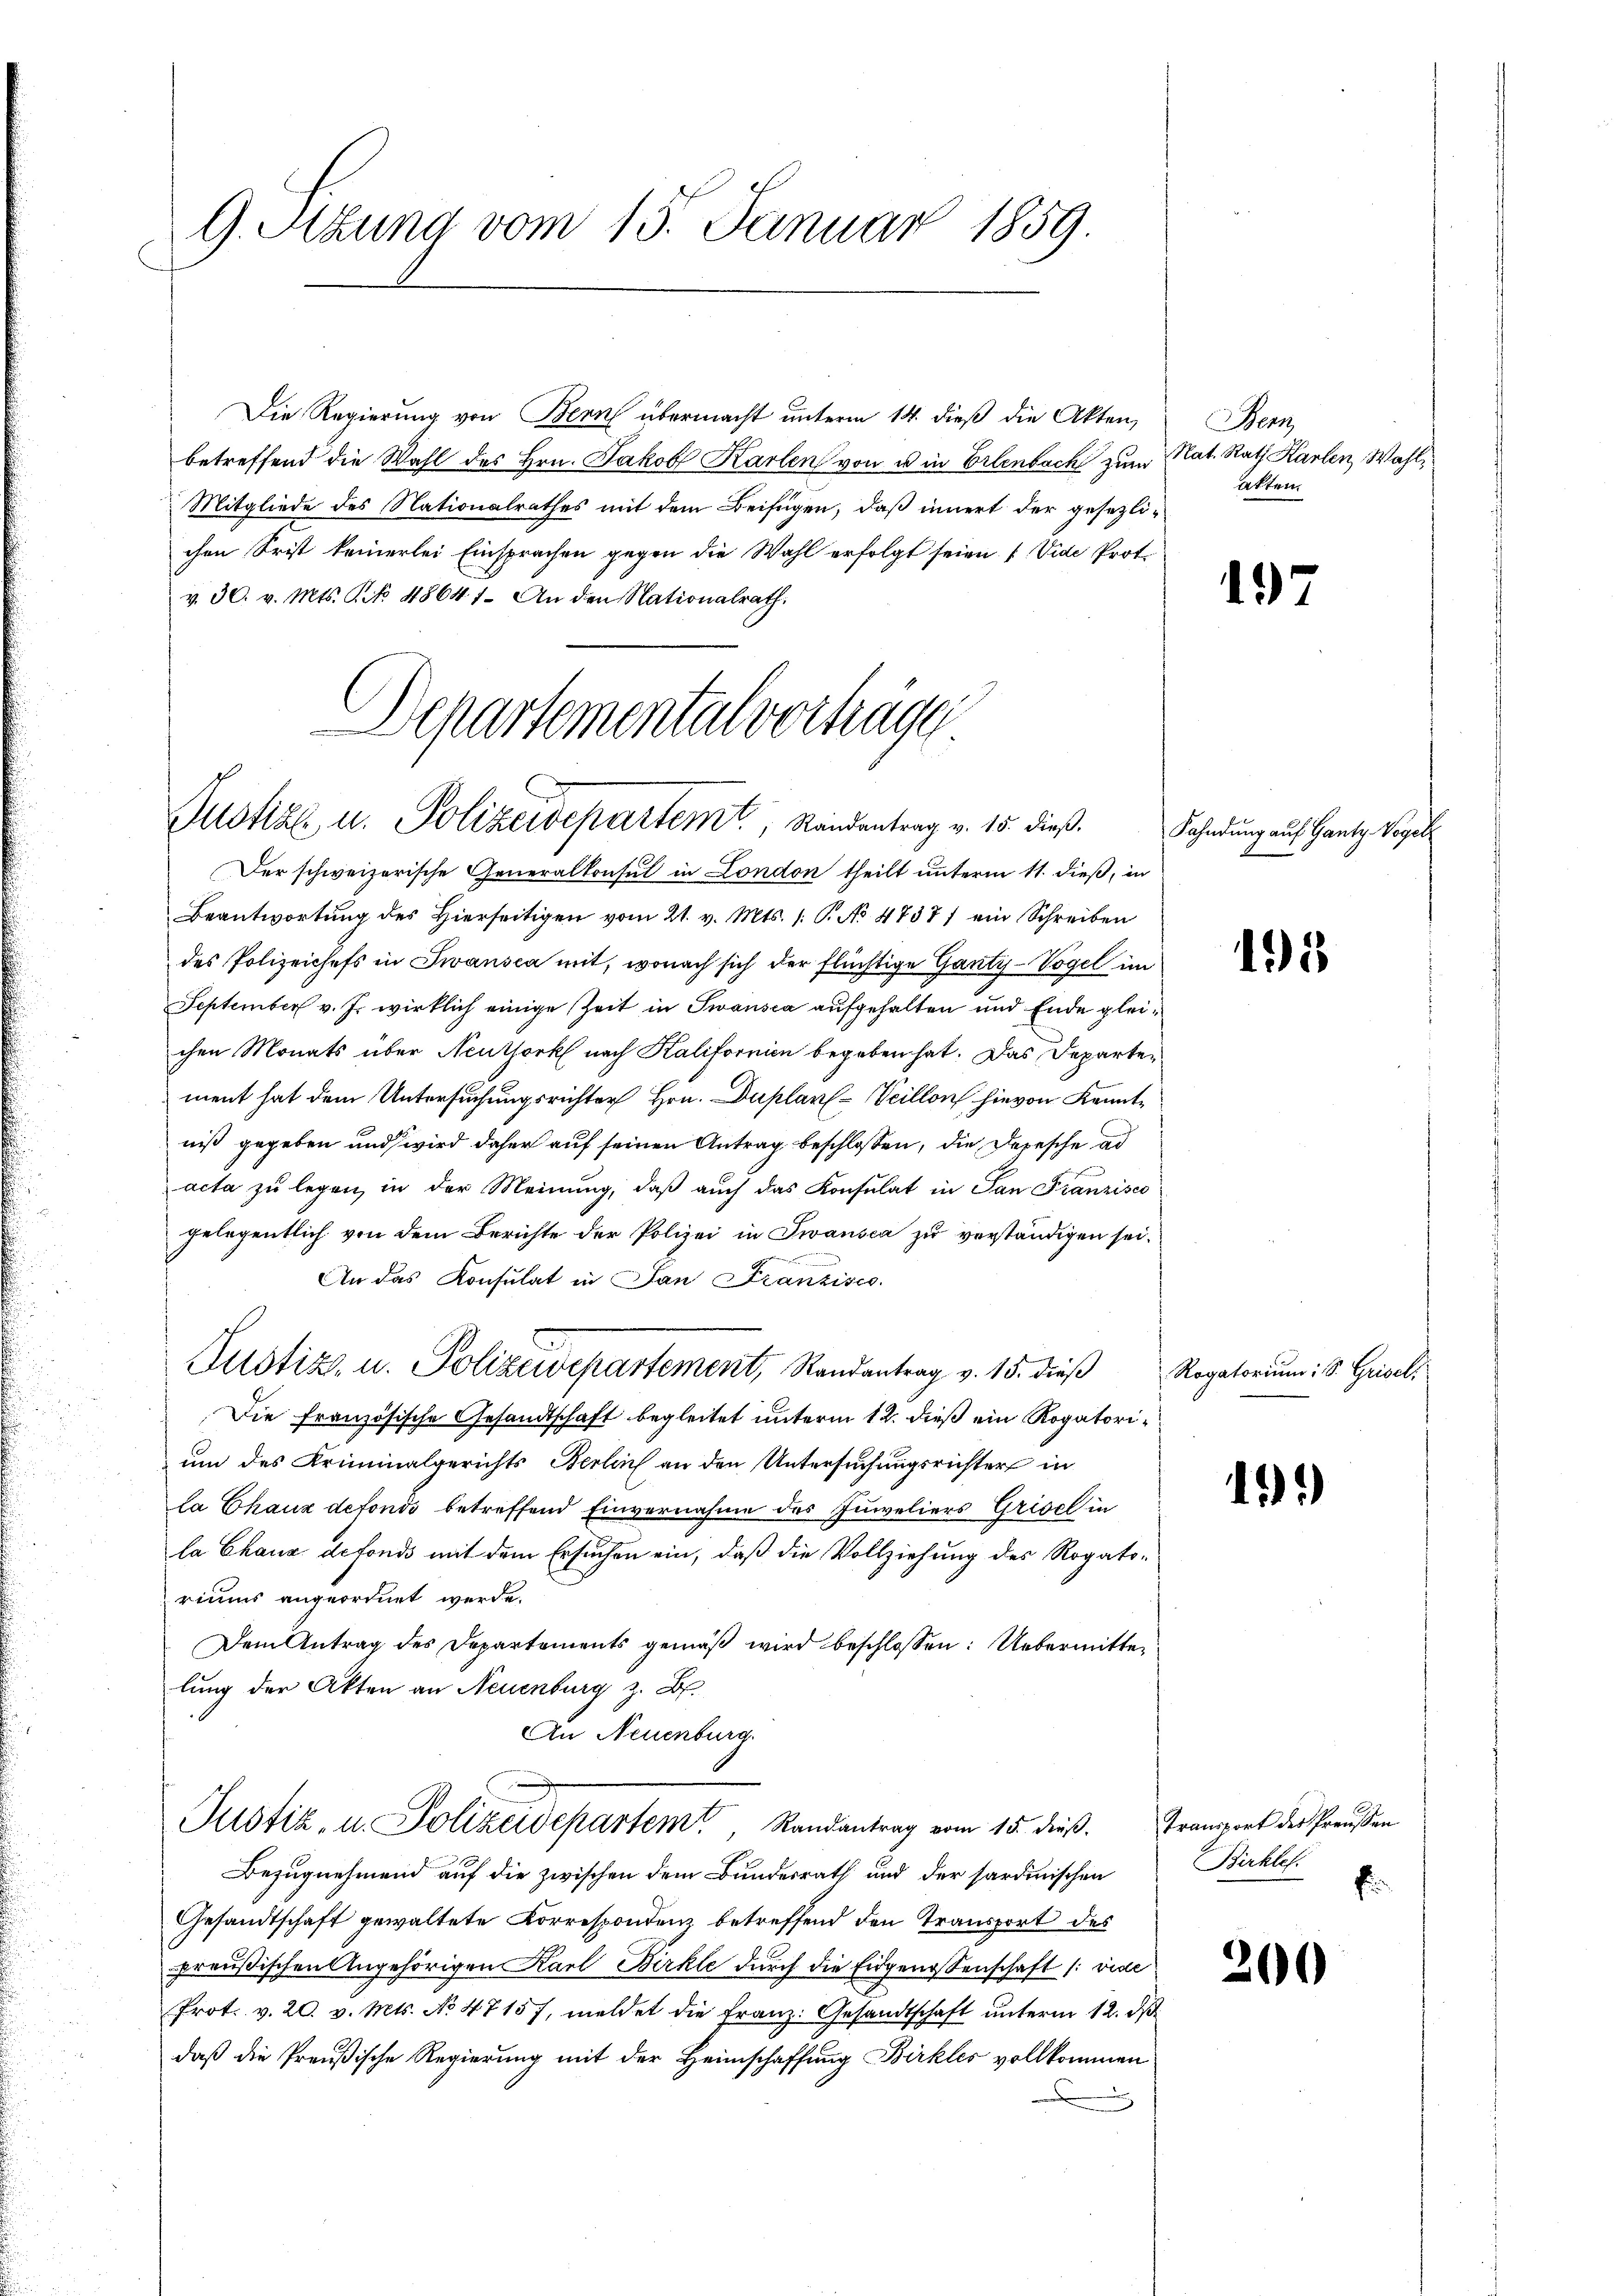
G. Sitzung vom 15. Januar 1859.

Die Regierung von Bern übermacht unterm 14. dieß die Akten,
betreffend die Wahl des Hrn. Jakob Karlen von u in Erlenbach zum
Mitgliede des Nationalrathes mit dem Beifügen, daß innert der gesezlichen Frist keinerlei Einsprachen gegen die Wahl erfolgt seien. (Vide Prot.
v. 30. v. Mts. No. 48641. An den Nationalrath.

Departemental vorträge
Justiz u. Polizeidepartemt, Standentrag v. 15. dieß.

Der schweizerische Generalkonsul in London theilt unterm 11. dieß, in
Beantwortung des Hierseitigen vom 21. v. Mts. 1. P. No 47371 ein Schreiben
des Polizeichefs in Zwansca mit, wonach sich der flüchtige Ganty-Vogel im
September v. J. wirklich einige Zeit in Twansca aufgehalten und Ende gleichen Monats über Neuthork nach Kalifornien begeben hat. Das Departen
ment hat dem Untersuchungsrichter Hrn. Duplan. Veillon hievon Kenntniß gegeben und wird daher auf seinen Antrag beschlossen, die Depesche ad
acta zŭ legen in der Meinŭng, daβ aŭch das Konsulat in San Franzisco
gelegentlich von dem Berichte der Polizei in Jwansca zu verständigen sei.
An das Konsulat in Jan Franzisco
Justiz- u. Polizeidepartement, Randantrag v. 15. dieß
Die Französische Gesandtschaft begleitet unterm 12. dieß ein Rogatorium des Kriminalgerichts Berlin an den Untersuchungsrichter in
la Chaux defondi betreffend Einvernahme des Juweliers Grisch in
la Chang defonds mit dem Ersuchen ein, daß die Vollziehung des Rogatoriums angeordnet werde.
Dem Antrag des Departements gemäβ wird beschlossen: Uebermitten
lung der Akten an Neuenburg z. B.
An Neuenburg.

Justiz, u. Polizeidepartem Randantrag vom 15. dieβ. Transport des Preŭβen

Bezugnehmend auf die zwischen dem Bundesrath und der sardinischen
Gesandtschaft gewaltete Korrespondenz betreffend den Transport des
preußischen Angehörigen Karl Birkte durch die Eidgenossenschaft /: vide
Prot. v. 20. v. Mts. No 4715/, meldet die Franz: Gesandtschaft unterm 12. ds.
daß die Preußische Regierung mit der Heimschaffung Birkles vollkommen

Bern,
Nat. Rath Karten Wahl
atten.

17

Fahndung auf Gantz Vog

45

Rogatorium, S. Grisel,

15)

Birkte.
E

20

2